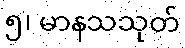
၅၊ မာနသသုတ်